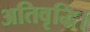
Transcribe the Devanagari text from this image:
अतिवृद्धि।